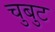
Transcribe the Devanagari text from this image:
चुबुट